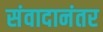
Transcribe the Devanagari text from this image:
संवादानंतर